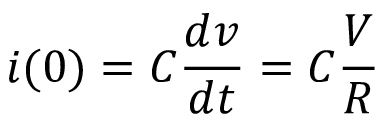
i ( 0 ) = C \frac { d v } { d t } = C \frac { V } { R }